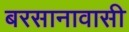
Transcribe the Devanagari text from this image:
बरसानावासी